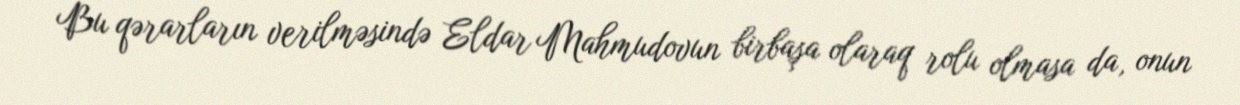
Bu qərarların verilməsində Eldar Mahmudovun birbaşa olaraq rolu olmasa da, onun